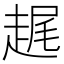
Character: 趘